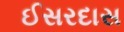
ઈસરદાસ